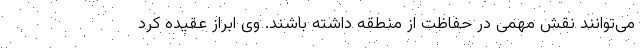
می‌توانند نقش مهمی در حفاظت از منطقه داشته باشند. وی ابراز عقیده کرد